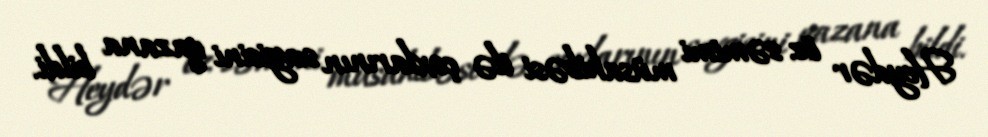
Heydər öz səmimi müsahibəsi ilə çoxlarının sevgisini qazana bildi.